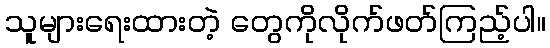
သူများရေးထားတဲ့ တွေကိုလိုက်ဖတ်ကြည့်ပါ။